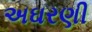
અઘરણી